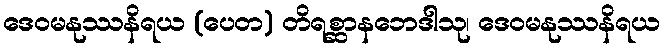
ဒေဝမနုဿနိရယ (ပေတ) တိရစ္ဆာနဘေဒါသု၊ ဒေဝမနုဿနိရယ